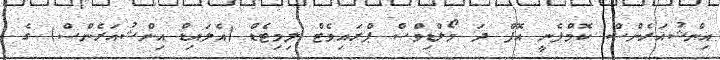
އިންޝުއަރެންސް ކޮމްޕެނީ އޮފް ދަ މޯލްޑިވްސް ޕްރައިވެޓް ލިމިޓެޑް (އެލައިޑް އިންޝުއަރެންސް) ގެ